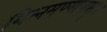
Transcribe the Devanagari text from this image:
शिश्नमण्यापासून